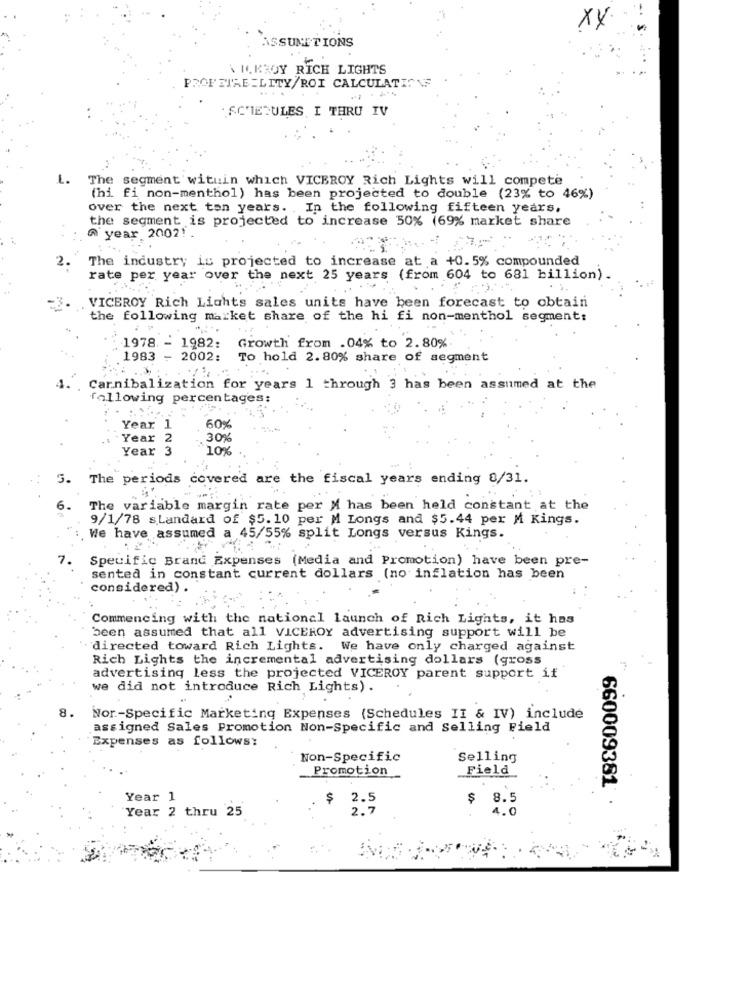
XX.
ASSUMPTIONS
VMAKROY RICH LIGHTS
PROF FIAE =LITY/ROI CALCULATIONS
.. .
.SCIE RULES I THRU IV
L.
The segment wituin which VICEROY Rich Lights will compete
(hi fi non-menthol) has been projected to double (23% to 46%)
over the next ton years. In the following fifteen years,
the segment is projected to increase 50% (69% market share
A year 20021.
The industry is projected to increase at a +0.5% compounded
2.
rate per year over the next 25 years (from 604 to 681 billion).
. ..
VICEROY Rich Lights sales units have been forecast to obtain
the following market share of the hi fi non-menthol segment:
...
1978. - 1982: Growth from .04% to 2.80%
1983 - 2002:
To hold 2.80% share of segment
Carnibalization for years 1 through 3 has been assumed at the
fallowing percentages:
Year 1
60%
Year 2
30%
Year 3
10%
5.
The periods covered are the fiscal years ending 8/31.
6.
The variable margin rate per M has been held constant at the
9/1/78 standard of $5.10 per M Longs and $5.44 per M Kings.
We have assumed a 45/55% split Longs versus Kings.
7.
Specific Brand Expenses (Media and Promotion) have been pre-
sented in constant current dollars (no inflation has been
considered) .
Commencing with the national launch of Rich Lights, it has
been assumed that all VICEROY advertising support will be
directed toward Rich Lights. We have only charged against
Rich Lights the incremental advertising dollars (gross
advertising less the projected VICEROY parent support if
we did not introduce Rich Lights).
8.
Nor-Specific Marketing Expenses (Schedules II & IV) include
assigned Sales Promotion Non-Specific and Selling Field
Expenses as follows:
Non-Specific
Selling
Promotion
Field
660009381
Year 1
$ 2.5
$ 8.5
Year 2 thru 25
2.9
4.0